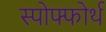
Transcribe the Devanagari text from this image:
स्पोफ्फोर्थ